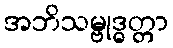
အဘိသမ္ဗုဒ္ဓတ္တာ